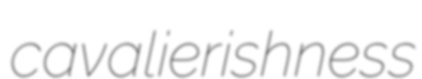
cavalierishness